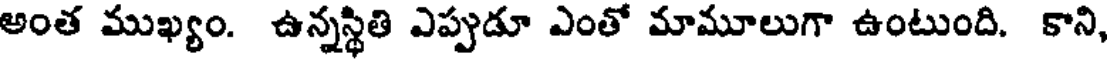
అంత ముఖ్యం. ఉన్నస్థితి ఎప్పుడూ ఎంతో మామూలుగా ఉంటుంది. కాని,